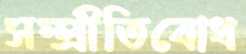
সম্প্রীতিবোধ